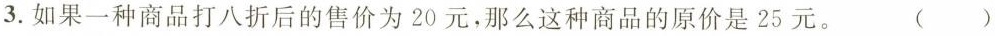
3.如果一种商品打八折后的售价为20元，那么这种商品的原价是25元。 ()